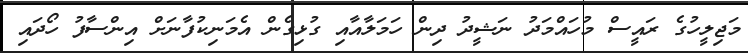
މަޖިލީހުގެ ރައީސް މުހައްމަދު ނަޝީދު ދިން ހަމަލާއާއި ގުޅިގެން އެމަނިކުފާނަށް އިންސާފު ހޯދައި